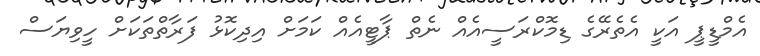
އެމްޑީޕީ އަކީ އެތެރޭގެ ޑިމޮކްރަސީއެއް ނެތް ޕާޓީއެއް ކަމަށް އިދިކޮޅު ފަރާތްތަކަށް ހީވިޔަސް